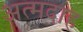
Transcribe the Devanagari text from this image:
अत्मदाह